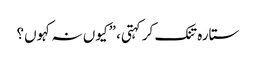
ستارہ تنک کر کہتی، ”کیوں نہ کہوں؟